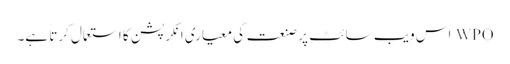
WPO اس ویب سائٹ پر صنعت کی معیاری انکرپشن کا استعمال کرتا ہے۔